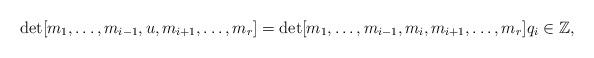
LaTeX: \begin{align*}\det [ m_1 , \ldots, m_{i-1} , u , m_{i+1} , \ldots, m_r ] = \det [ m_1 , \ldots, m_{i-1}, m_i , m_{i+1} , \ldots , m_r ] q_i \in \mathbb{Z} ,\end{align*}